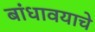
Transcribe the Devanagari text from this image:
बांधावयाचे